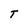
Character: T